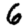
Digit: 6